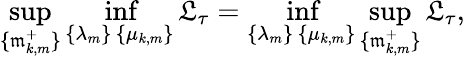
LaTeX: \operatorname*{sup}_{\{ \mathfrak{m}_{k,m}^{+}\} }\operatorname*{inf}_{\substack{\{ \lambda_{m}\} \, \{ \mu_{k,m}\} }}\mathfrak{L}_{\tau}=\operatorname*{inf}_{\substack{\{ \lambda_{m}\} \, \{ \mu_{k,m}\} }}\operatorname*{sup}_{\{ \mathfrak{m}_{k,m}^{+}\} }\mathfrak{L}_{\tau},